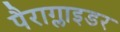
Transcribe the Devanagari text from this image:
पैराग्लाइडर